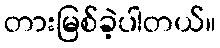
တားမြစ်ခဲ့ပါတယ်။